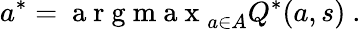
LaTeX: a^{*}=\mathrm{~a~r~g~m~a~x~}_{a\in A}Q^{*}(a,s)~.